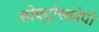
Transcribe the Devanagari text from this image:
स्‍पेक्‍ट्रोस्‍कोपी